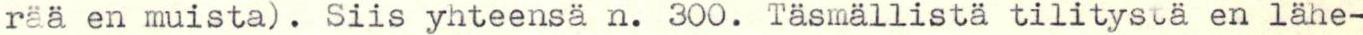
rää en muista). Siis yhteensä n. 300. Täsmällistä tilitystä en lähe-